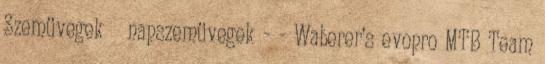
Szemüvegek napszemüvegek - - Waberer’s evopro MTB Team